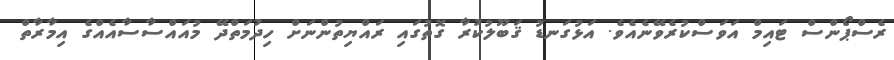
ރެސްޕޯންސް ޓައިމް އަވަސްކުރެވޭނެއެވެ. އަޅުގަނޑު ޤަބޫލުކުރާ ގޮތުގައި ރައްޔިތުންނަށް ހިދުމަތްދޭ މުއައްސާސާއެއްގެ އިމާރާތް